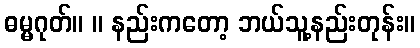
ဓမ္မဂုတ်။ ။ နည်းကတော့ ဘယ်သူ့နည်းတုန်း။